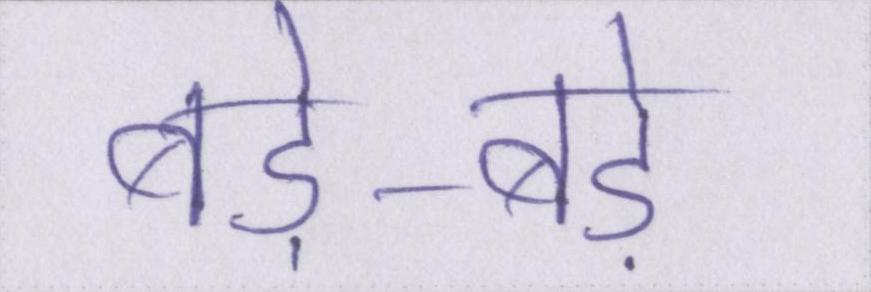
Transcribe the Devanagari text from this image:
बड़े-बड़े